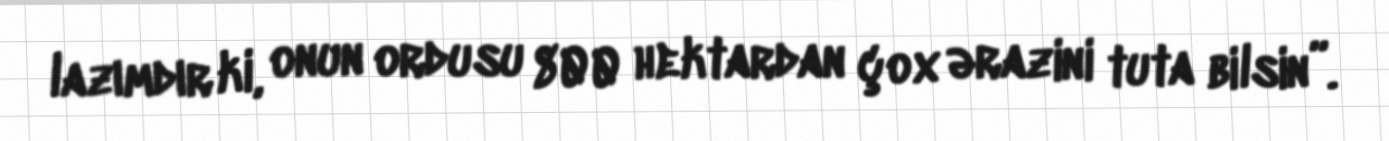
lazımdır ki, onun ordusu 800 hektardan çox ərazini tuta bilsin”.